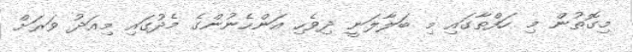
މިގޮތުން މި ހަފްތާގައި މި ބަލާލަނީ ދިވެހި އަންހެނުންގެ މެދުގައި މިއަދު ވަރަށް